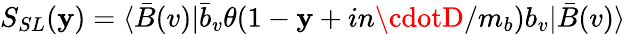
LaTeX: S_{SL}(\mathbf{y})=\langle\bar{{B}}(v)|\bar{{b}}_{v}\theta(1-\mathbf{y}+in\cdotD/m_{b})b_{v}|\bar{{B}}(v)\rangle